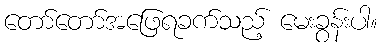
တော်တော်အဖြေရခက်သည့် မေးခွန်းပါ။